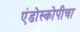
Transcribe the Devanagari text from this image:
एंडोस्कोपीचा